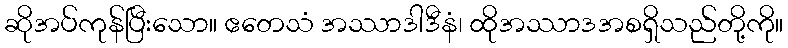
ဆိုအပ်ကုန်ပြီးသော။ ဧတေသံ အဿာဒါဒီနံ၊ ထိုအဿာဒအစရှိသည်တို့ကို။